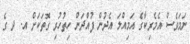
ނަމަވެސް އެމެރިކާގެ އަމިއްލަ އެދުން ފުއްދަން ހިތުހުރި ގޮތަކަށް އ. ދ ގެ